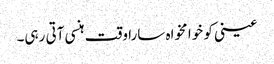
عینی کو خوا مخواہ سارا وقت ہنسی آتی رہی۔